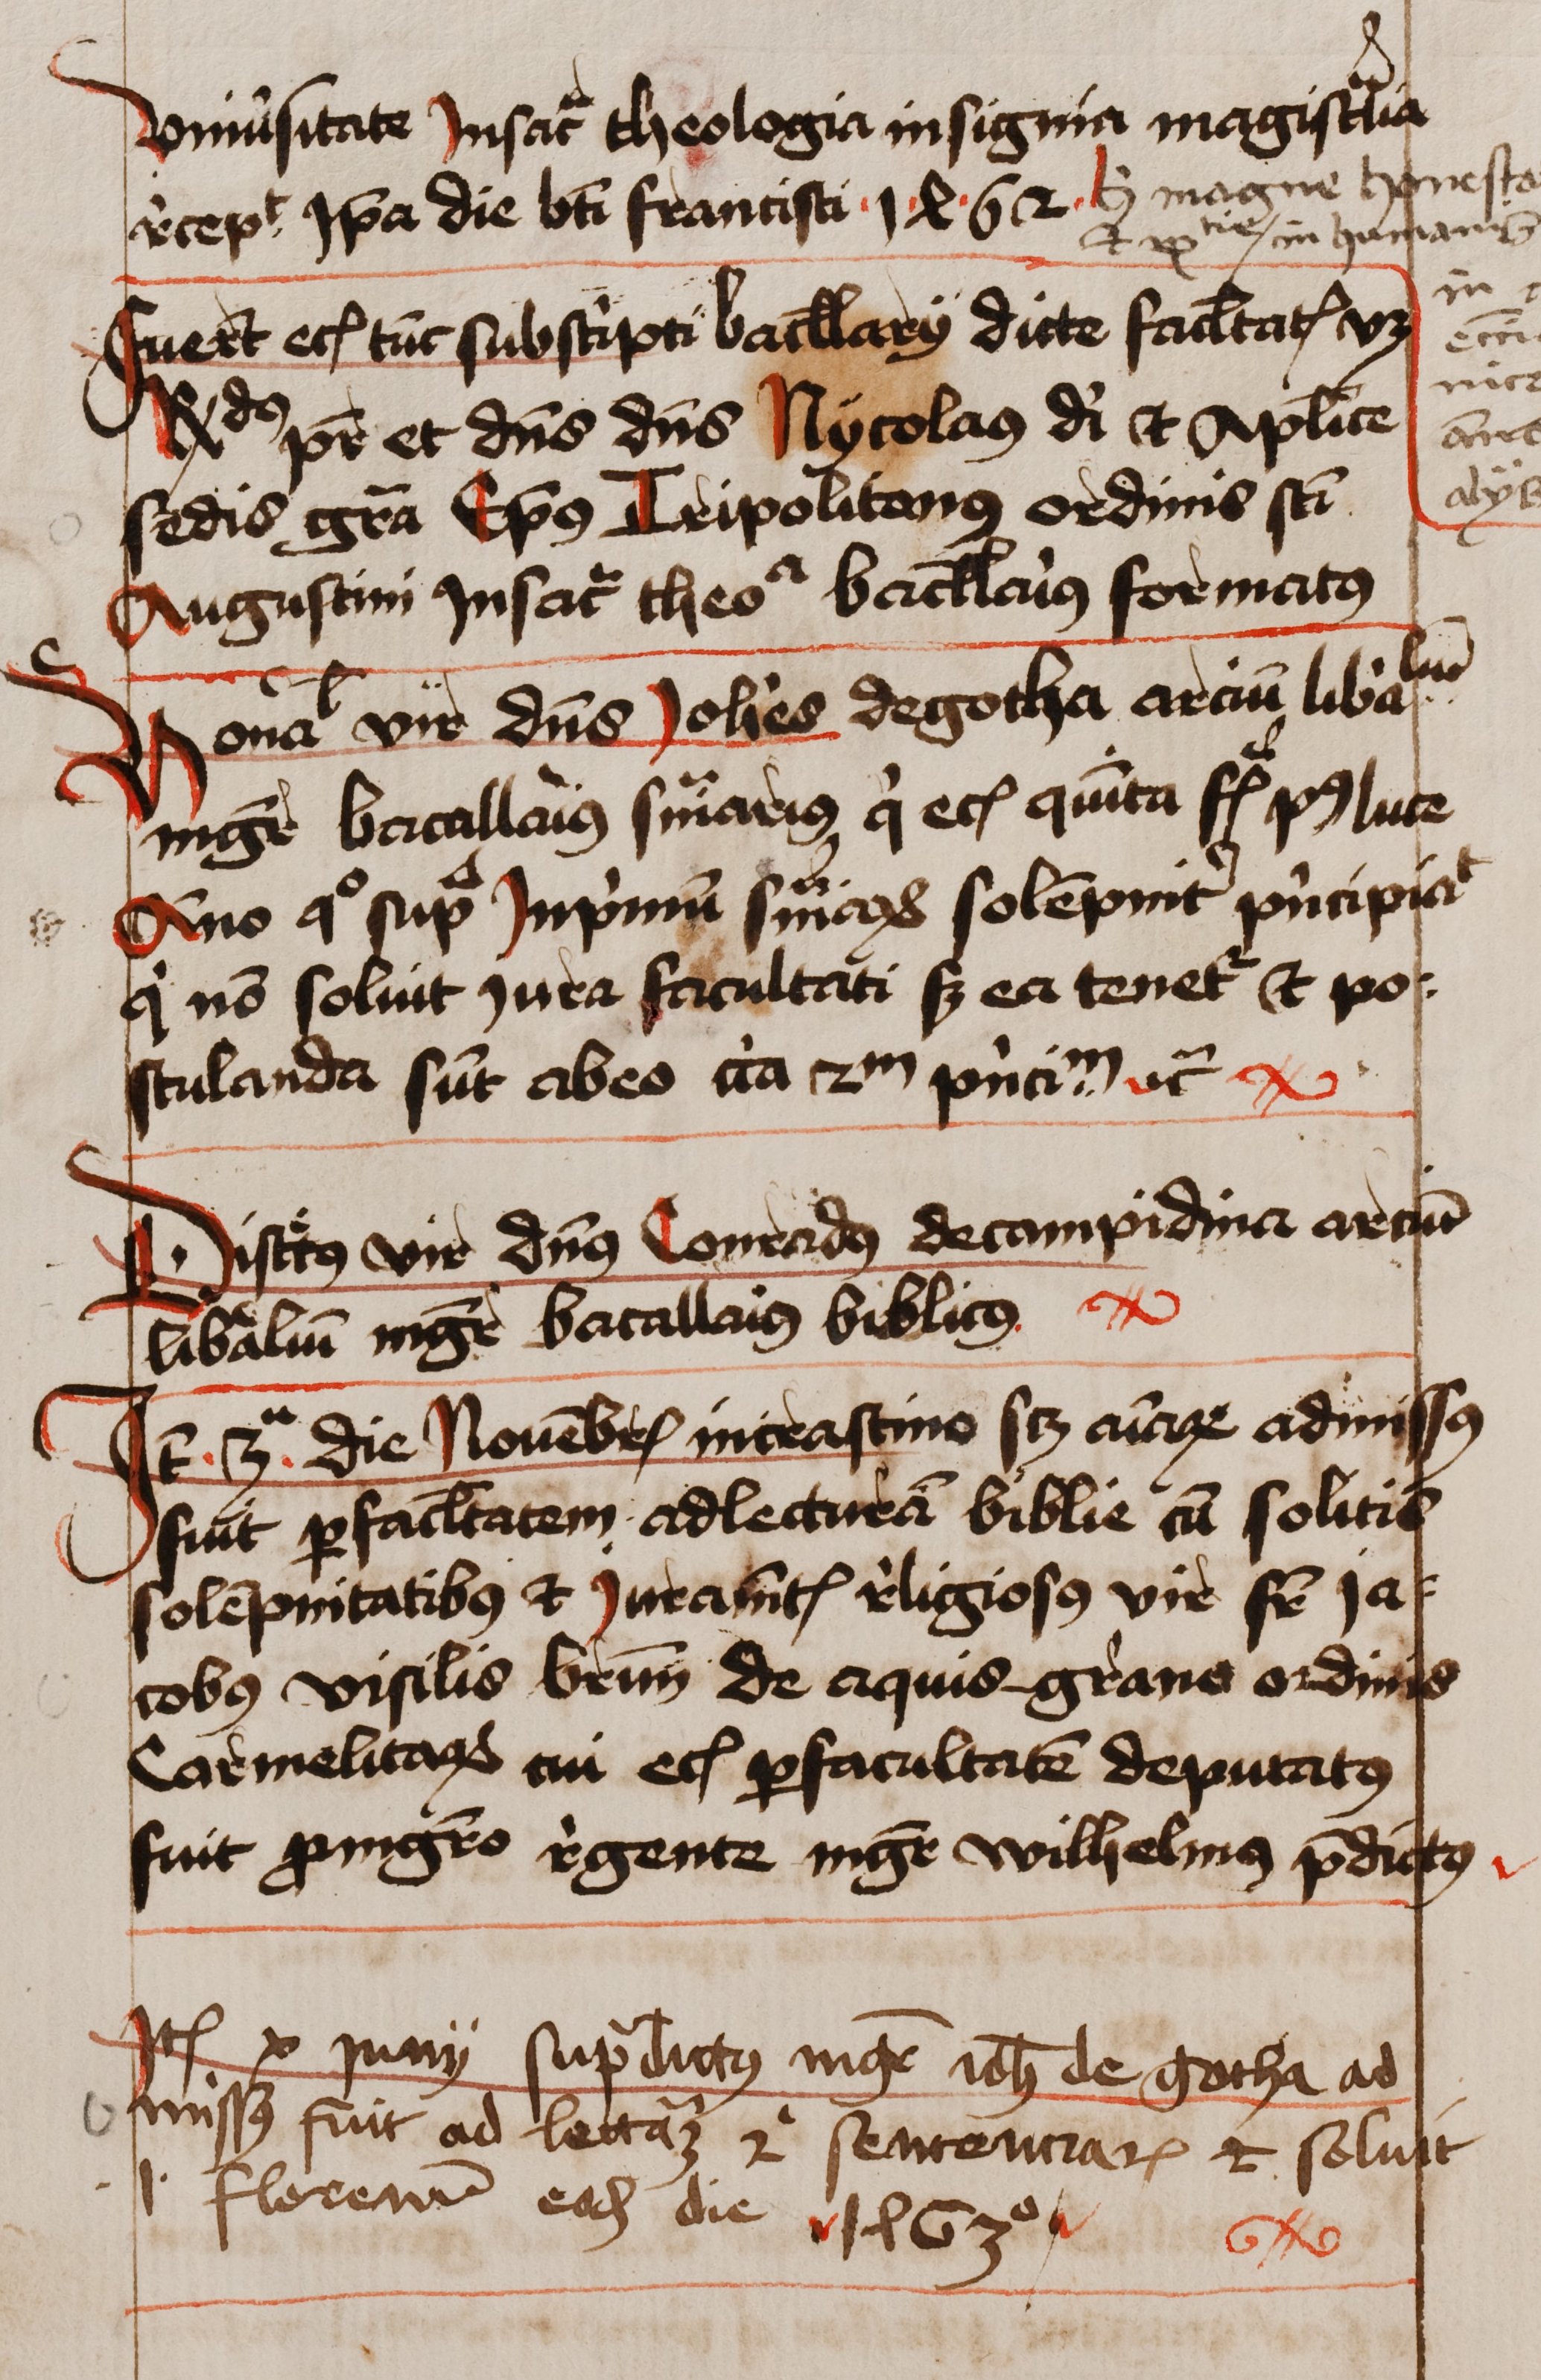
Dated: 1462–1740